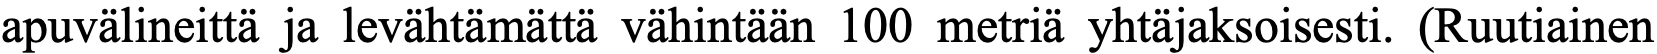
apuvälineittä ja levähtämättä vähintään 100 metriä yhtäjaksoisesti. (Ruutiainen